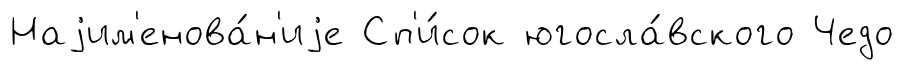
Наjим'енова́н'иjе Сп'и́сок югосла́вского Чедо